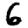
Digit: 6